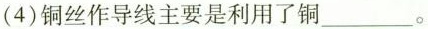
(4)铜丝作导线主要是利用了铜___。